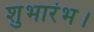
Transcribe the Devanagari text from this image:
शुभारंभ।